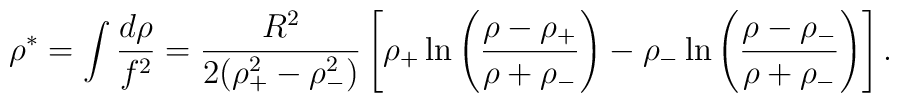
\rho^* = \int { d \rho \over f^2 }   = { R^2 \over 2 (\rho_+^2 - \rho_-^2)}    \left [ \rho_+ \ln \left ( {{\rho -\rho_+} \over {\rho +\rho_-}} \right )    - \rho_- \ln  \left ( {{\rho -\rho_-} \over {\rho+ \rho_-}} \right )   \right ].